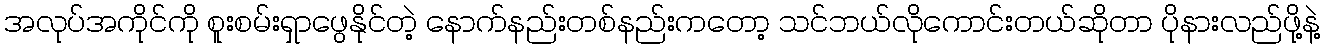
အလုပ်အကိုင်ကို စူးစမ်းရှာဖွေနိုင်တဲ့ နောက်နည်းတစ်နည်းကတော့ သင်ဘယ်လိုကောင်းတယ်ဆိုတာ ပိုနားလည်ဖို့နဲ့